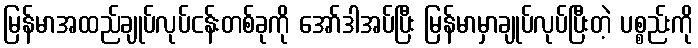
မြန်မာအထည်ချုပ်လုပ်ငန်းတစ်ခုကို အော်ဒါအပ်ပြီး မြန်မာမှာချုပ်လုပ်ပြီးတဲ့ ပစ္စည်းကို